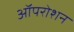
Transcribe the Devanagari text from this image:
ऑपरोशन